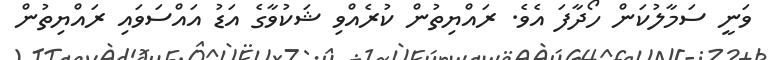
ވަނީ ސަމާލުކަން ހޯދާފަ އެވެ. ރައްޔިތުން ކުރެއްވި ޝަކުވާގެ އަޑު އައްސަވައި ރައްޔިތުން